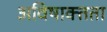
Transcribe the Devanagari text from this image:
अविषाक्तता